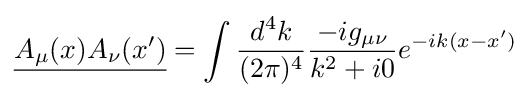
{\underline {A_{\mu }(x)A_{\nu }(x')}}=\int {\frac {d^{4}k}{(2\pi )^{4}}}{\frac {-ig_{\mu \nu }}{k^{2}+i0}}e^{-ik(x-x')}